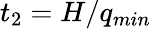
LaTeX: t_{2}=H/q_{min}